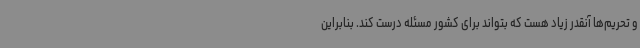
و تحریم‌ها آنقدر زیاد هست که بتواند برای کشور مسئله درست کند. بنابراین